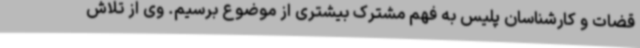
قضات و کارشناسان پلیس به فهم مشترک بیشتری از موضوع برسیم. وی از تلاش